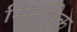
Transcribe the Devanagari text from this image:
मिनाटेक